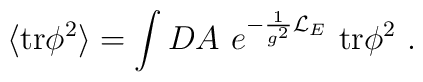
\langle{\rm tr}\phi^2\rangle = \int DA~e^{-\frac{1}{g^2}{\cal L}_E}~ {\rm tr}\phi^2 ~.